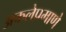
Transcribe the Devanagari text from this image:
अकलेप्रमाणे